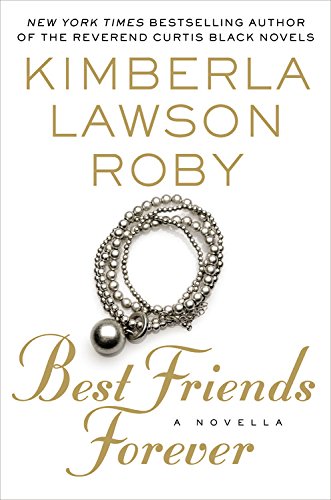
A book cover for Best Friends Forever; Kimberla Lawson Roby; Literature & Fiction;